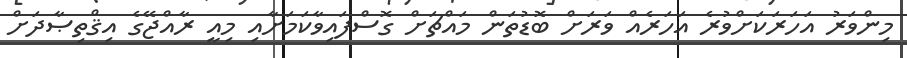
މިންވަރު އަހަރަކަށްވުރެ އަހަރެއް ވަރަށް ބޮޑުތަން މައްޗަށް ގޮސްފައިވާކަމަށާއި މިއީ ރާއްޖޭގެ އިޤްތިޞާދަށް